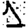
Digit: 1